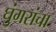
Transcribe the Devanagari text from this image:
घुंगरांचा